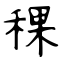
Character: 稞